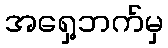
အရှေ့ဘက်မှ